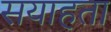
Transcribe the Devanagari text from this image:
सयाहता